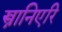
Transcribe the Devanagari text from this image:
स्त्रानिएरि